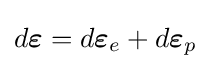
d{\boldsymbol {\varepsilon }}=d{\boldsymbol {\varepsilon }}_{e}+d{\boldsymbol {\varepsilon }}_{p}